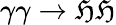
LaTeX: \gamma\gamma\rightarrow\mathfrak{H}\mathfrak{H}